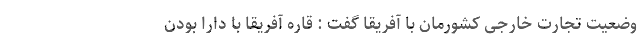
وضعیت تجارت خارجی کشورمان با آفریقا گفت : قاره آفریقا با دارا بودن